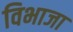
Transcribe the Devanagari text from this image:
विभाजा